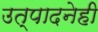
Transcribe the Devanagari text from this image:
उत्पादनेही